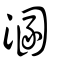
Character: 溷